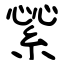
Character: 繠